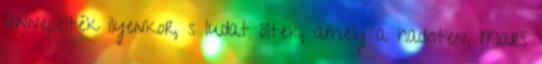
ünnepelték ilyenkor, s ludat öltek, amely a hadisten, Mars